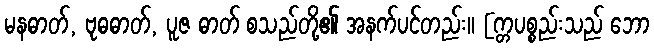
မနဓာတ်, ဗုဓဓာတ်, ပူဇ ဓာတ် စသည်တို့၏ အနက်ပင်တည်း။ [က္တပစ္စည်းသည် ဘော